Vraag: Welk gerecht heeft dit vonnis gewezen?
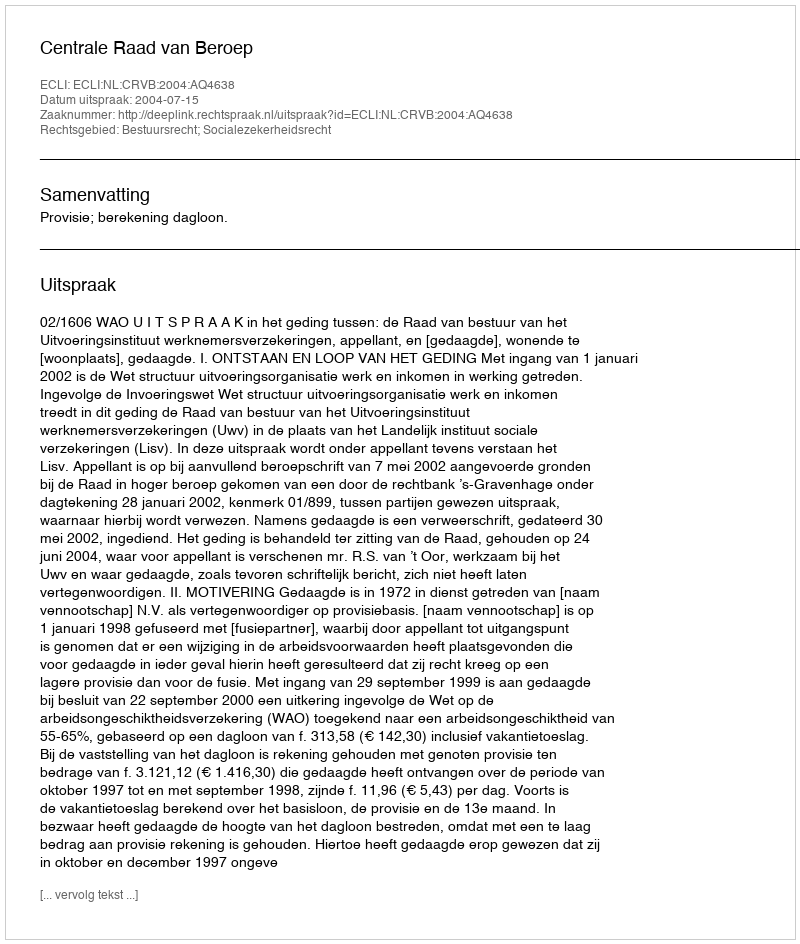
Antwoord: Centrale Raad van Beroep